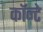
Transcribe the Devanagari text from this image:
कॉन्टे